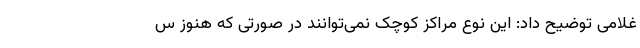
غلامی توضیح داد: این نوع مراکز کوچک نمی‌توانند در صورتی که هنوز س